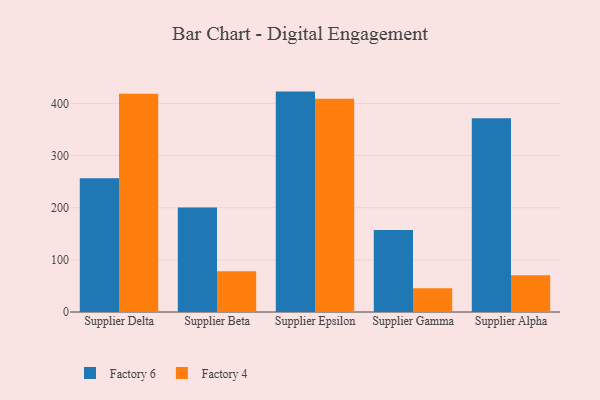
{"axis": {"x": "Supplier", "y": "Population (Million)"}, "legend": ["Factory 4", "Factory 6"], "data": [{"x": "Supplier Delta", "y": 256.7, "type": "Factory 6"}, {"x": "Supplier Delta", "y": 418.8, "type": "Factory 4"}, {"x": "Supplier Beta", "y": 200.4, "type": "Factory 6"}, {"x": "Supplier Beta", "y": 78.3, "type": "Factory 4"}, {"x": "Supplier Epsilon", "y": 422.7, "type": "Factory 6"}, {"x": "Supplier Epsilon", "y": 409.2, "type": "Factory 4"}, {"x": "Supplier Gamma", "y": 157.1, "type": "Factory 6"}, {"x": "Supplier Gamma", "y": 45.5, "type": "Factory 4"}, {"x": "Supplier Alpha", "y": 371.7, "type": "Factory 6"}, {"x": "Supplier Alpha", "y": 70.3, "type": "Factory 4"}]}